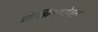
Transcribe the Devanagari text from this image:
प्रॉक्झिमाभोवती